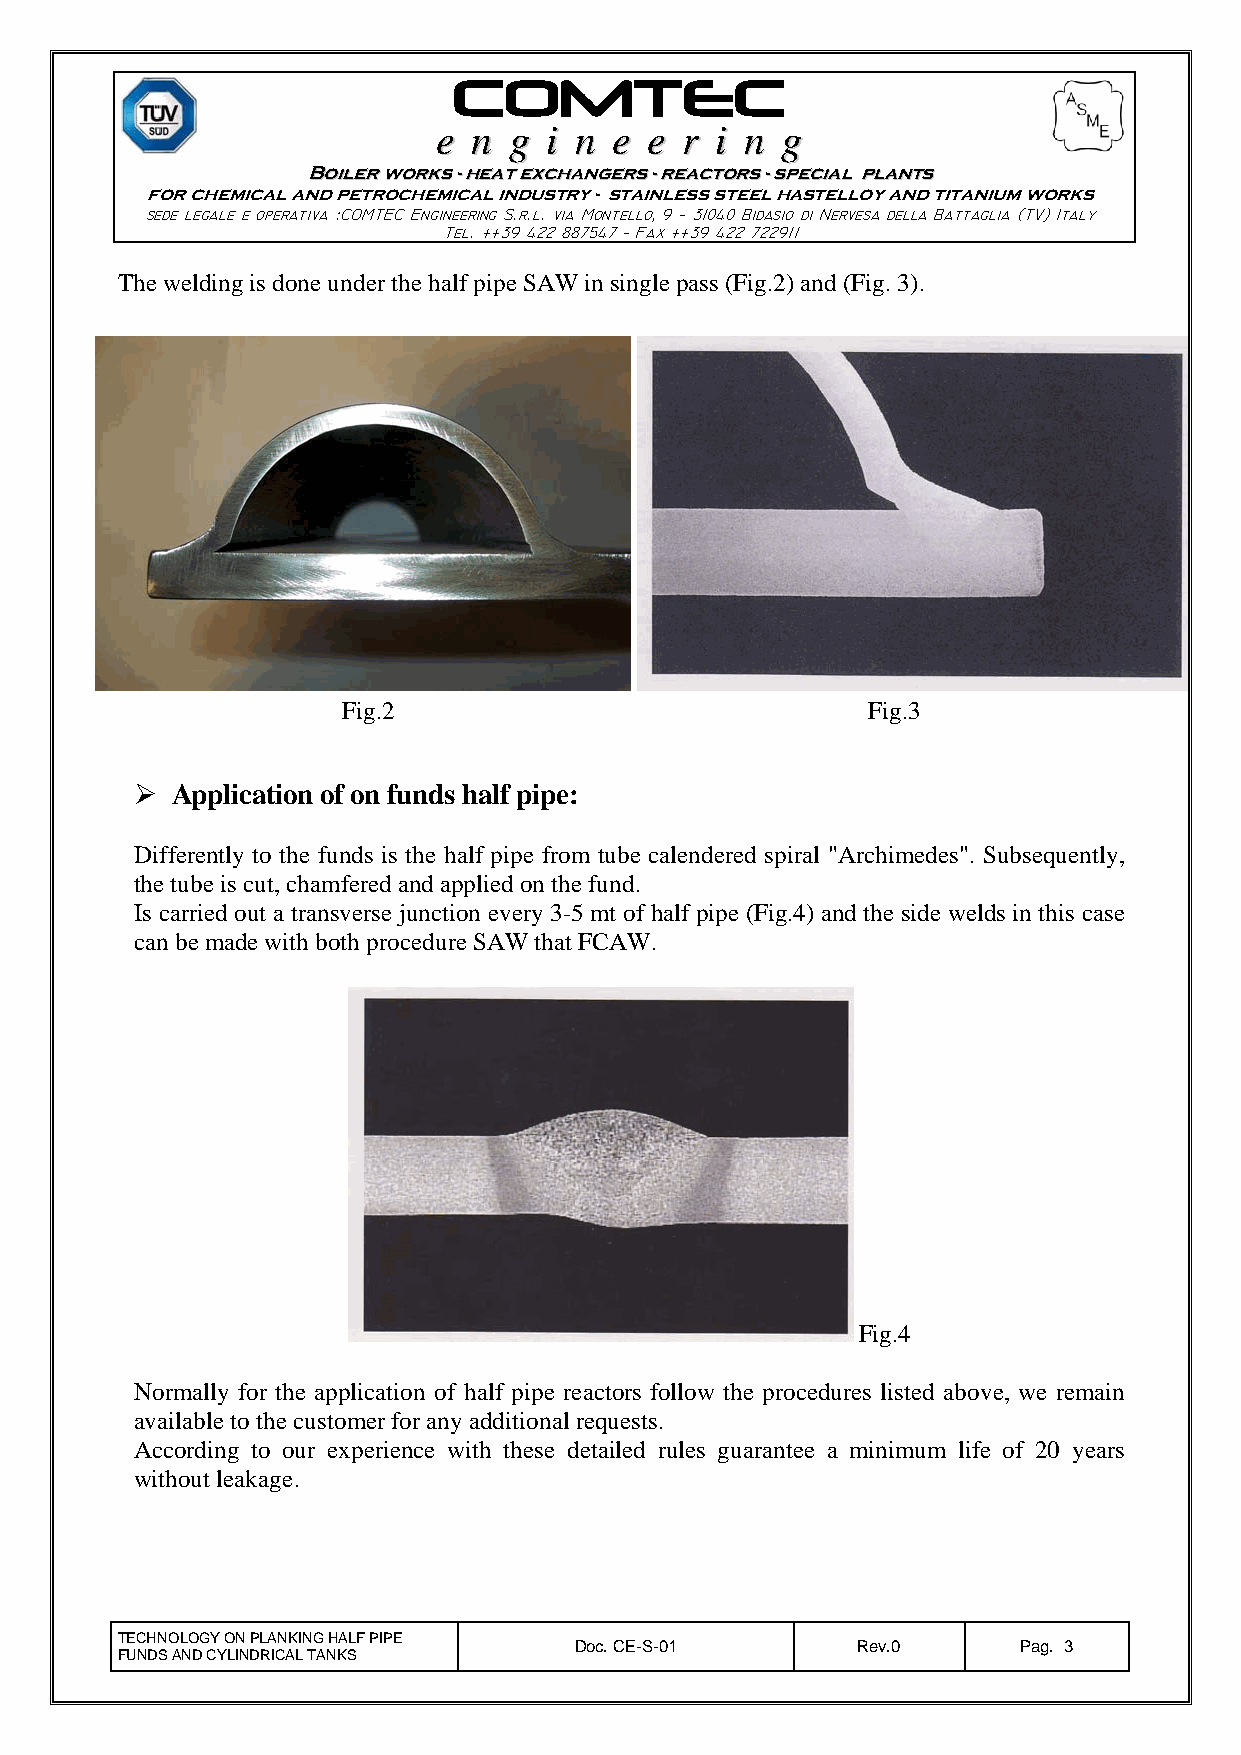
ee nn gg ii nn ee ee rr ii nn gg
 BBooiilleerr wwoorrkkss -- hheeaatt eexxcchhaannggeerrss -- rreeaaccttoorrss -- ssppeecciiaall ppllaannttss
 for chemical and petrochemical industry - stainless steel hastelloy and titanium works
 sede legale e operativa :COMTEC Engineering S.r.l. via Montello, 9 − 31040 Bidasio di Nervesa della Battaglia (TV) Italy
 Tel. ++39 422 887547 − Fax ++39 422 722911
 The welding is done under the half pipe SAW in single pass (Fig.2) and (Fig. 3).
 Fig.2                             Fig.3
  Application of on funds half pipe:
 Differently to the funds is the half pipe from tube calendered spiral "Archimedes". Subsequently,
 the tube is cut, chamfered and applied on the fund.
 Is carried out a transverse junction every 3-5 mt of half pipe (Fig.4) and the side welds in this case
 can be made with both procedure SAW that FCAW.
 Fig.4
 Normally for the application of half pipe reactors follow the procedures listed above, we remain
 available to the customer for any additional requests.
 According to our experience with these detailed rules guarantee a minimum life of 20 years
 without leakage.
 TECHNOLOGY ON PLANKING HALF PIPE
 Doc. CE-S-01       Rev.0      Pag. 3
 FUNDS AND CYLINDRICAL TANKS